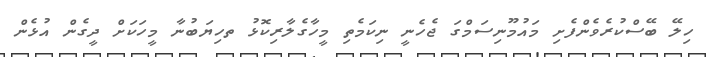
ހިލޭ ބޭސްކުރެވެންފެށި މައުމޫނިސަމްގަ ޖެހެނީ ނިކަމެތި މީހާގެލާރިކޮޅު ތހިޔަބުނާ މީހަކަށް ދީގެން އުޅެން